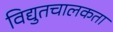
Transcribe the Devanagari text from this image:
विद्युतचालकता